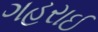
ગહરાઈ